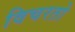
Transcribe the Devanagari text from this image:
विचरतो